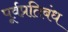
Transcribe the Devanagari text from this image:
पूर्वप्रतिबंध